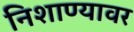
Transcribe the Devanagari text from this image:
निशाण्यावर